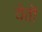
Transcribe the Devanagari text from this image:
येतॊ